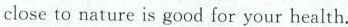
close to nature is good for your health.